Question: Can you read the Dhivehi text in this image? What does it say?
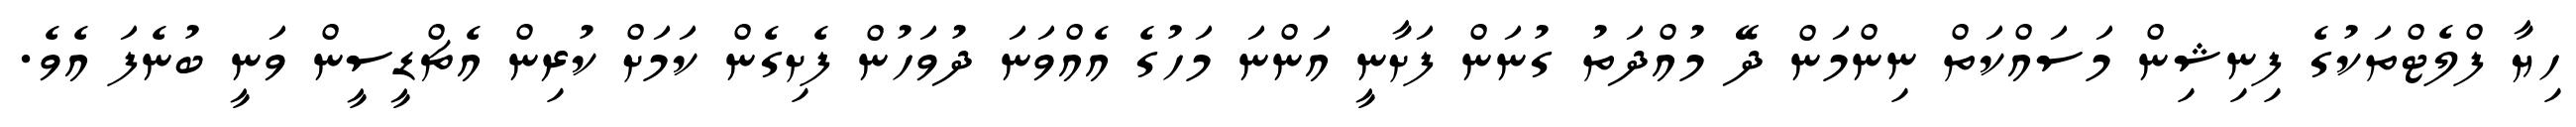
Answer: ހިޔާ ފްލެޓްތަކުގެ ފިނިޝިން މަސައްކަތް ނިންމަން ދޭ މުއްދަތު ގުނަން ފަށާނީ އަންނަ މަހުގެ އެއްވަނަ ދުވަހުން ފެށިގެން ކަމަށް ކުރިން އެޗްޑީސީން ވަނީ ބުނެފަ އެވެ.